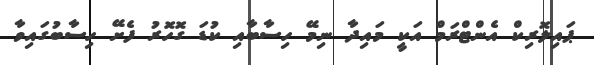
ޕައިލޮރިކް އެންޓްރަމް އަކީ މައިދާ ނިމޭ ހިސާބާއި ކުޑަ ގޮހޮރު ފެށޭ ހިސާބުގައިވާ